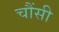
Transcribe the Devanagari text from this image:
चौंसी